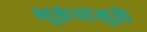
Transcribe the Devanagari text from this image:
भूकंपांमुळे